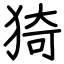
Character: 猗